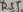
Text: RST